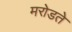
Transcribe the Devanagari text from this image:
मरोडते